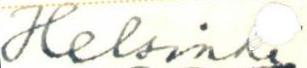
Helsinki